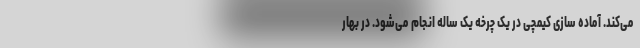
می‌کند. آماده سازی کیمچی در یک چرخه یک ساله انجام می‌شود. در بهار